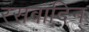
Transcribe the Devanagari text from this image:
रसवादिन्